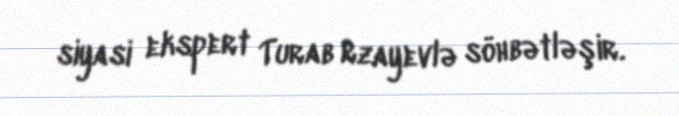
siyasi ekspert Turab Rzayevlə söhbətləşir.